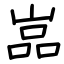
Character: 嵓